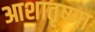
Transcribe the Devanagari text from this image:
आशातृष्णा